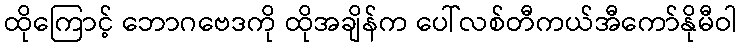
ထိုကြောင့် ဘောဂဗေဒကို ထိုအချိန်က ပေါ်လစ်တီကယ်အီကော်နိုမီဝါ